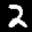
Label: 2